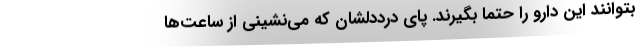
بتوانند این دارو را حتما بگیرند. پای درددلشان که می‌نشینی از ساعت‌ها